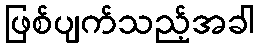
ဖြစ်ပျက်သည့်အခါ